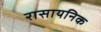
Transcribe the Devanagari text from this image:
रासायनिक